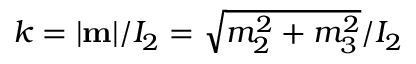
k = | { \bf m } | / I _ { 2 } = \sqrt { m _ { 2 } ^ { 2 } + m _ { 3 } ^ { 2 } } / I _ { 2 }